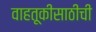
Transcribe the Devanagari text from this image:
वाहतूकीसाठीची